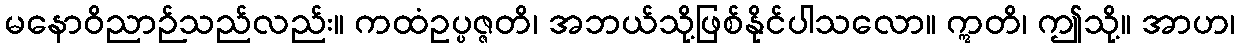
မနောဝိညာဉ်သည်လည်း။ ကထံဥပ္ပဇ္ဇတိ၊ အဘယ်သို့ဖြစ်နိုင်ပါသလော။ ဣတိ၊ ဤသို့။ အာဟ၊